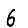
Digit: 6